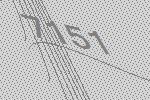
7151